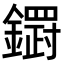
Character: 𮣓